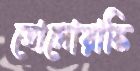
ত্রোসোয়াস্কি